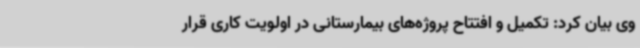
وی بیان کرد: تکمیل و افتتاح پروژه‌های بیمارستانی در اولویت کاری قرار